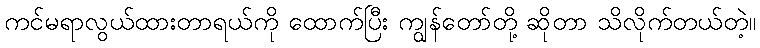
ကင်မရာလွယ်ထားတာရယ်ကို ထောက်ပြီး ကျွန်တော်တို့ ဆိုတာ သိလိုက်တယ်တဲ့။